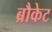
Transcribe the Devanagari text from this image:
ब्रौकेट